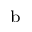
^ \mathrm { b }